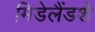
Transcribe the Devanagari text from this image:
मिडेलैंडशे